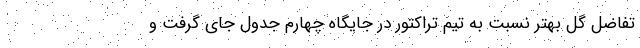
تفاضل گل بهتر نسبت به تیم تراکتور در جایگاه چهارم جدول جای گرفت و